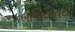
કબજિયાતથી